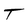
Character: T